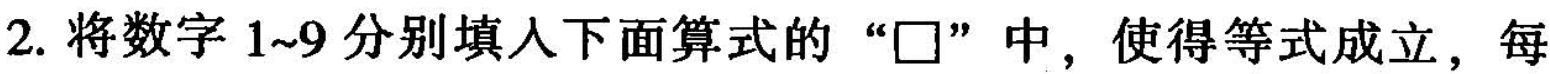
2.将数字1~9分别填入下面算式的”\Box ”中，使得等式成立，每